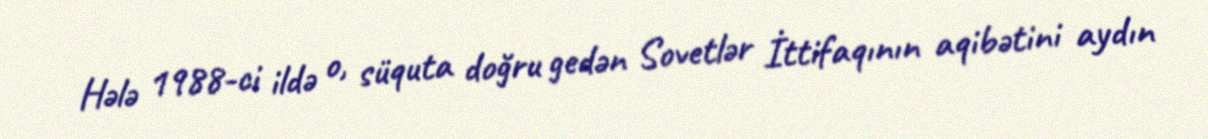
Hələ 1988-ci ildə o, süquta doğru gedən Sovetlər İttifaqının aqibətini aydın